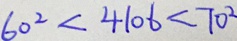
6 0 ^ { 2 } < 4 1 0 6 < 7 0 ^ { 2 }